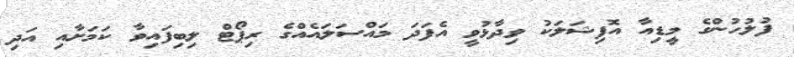
ފުލުހުންގެ މީޑިއާ އޮފިޝަލަކު ވިދާޅުވީ އެފަދަ މައްސަލައެއްގެ ރިޕޯޓް ލިބިފައިވާ ކަމަށާއި އަދި